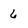
Character: 6